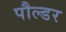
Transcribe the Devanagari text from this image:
पौल्डर